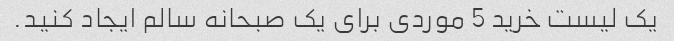
یک لیست خرید 5 موردی برای یک صبحانه سالم ایجاد کنید.